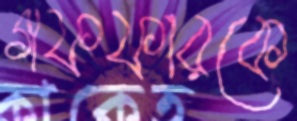
গফফারকে